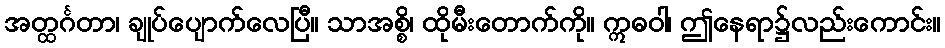
အတ္ထင်္ဂတာ၊ ချုပ်ပျောက်လေပြီ။ သာအစ္စိ၊ ထိုမီးတောက်ကို။ ဣဓဝါ၊ ဤနေရာ၌လည်းကောင်း။